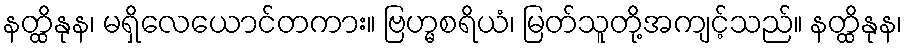
နတ္ထိနုန၊ မရှိလေယောင်တကား။ ဗြဟ္မစရိယံ၊ မြတ်သူတို့အကျင့်သည်။ နတ္ထိနုန၊